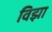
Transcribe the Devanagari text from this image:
विझा